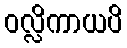
ဝလ္လိကာယပိ